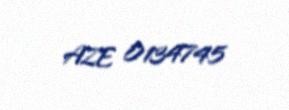
AZE 0134745